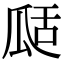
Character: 𤫵